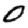
Digit: 0